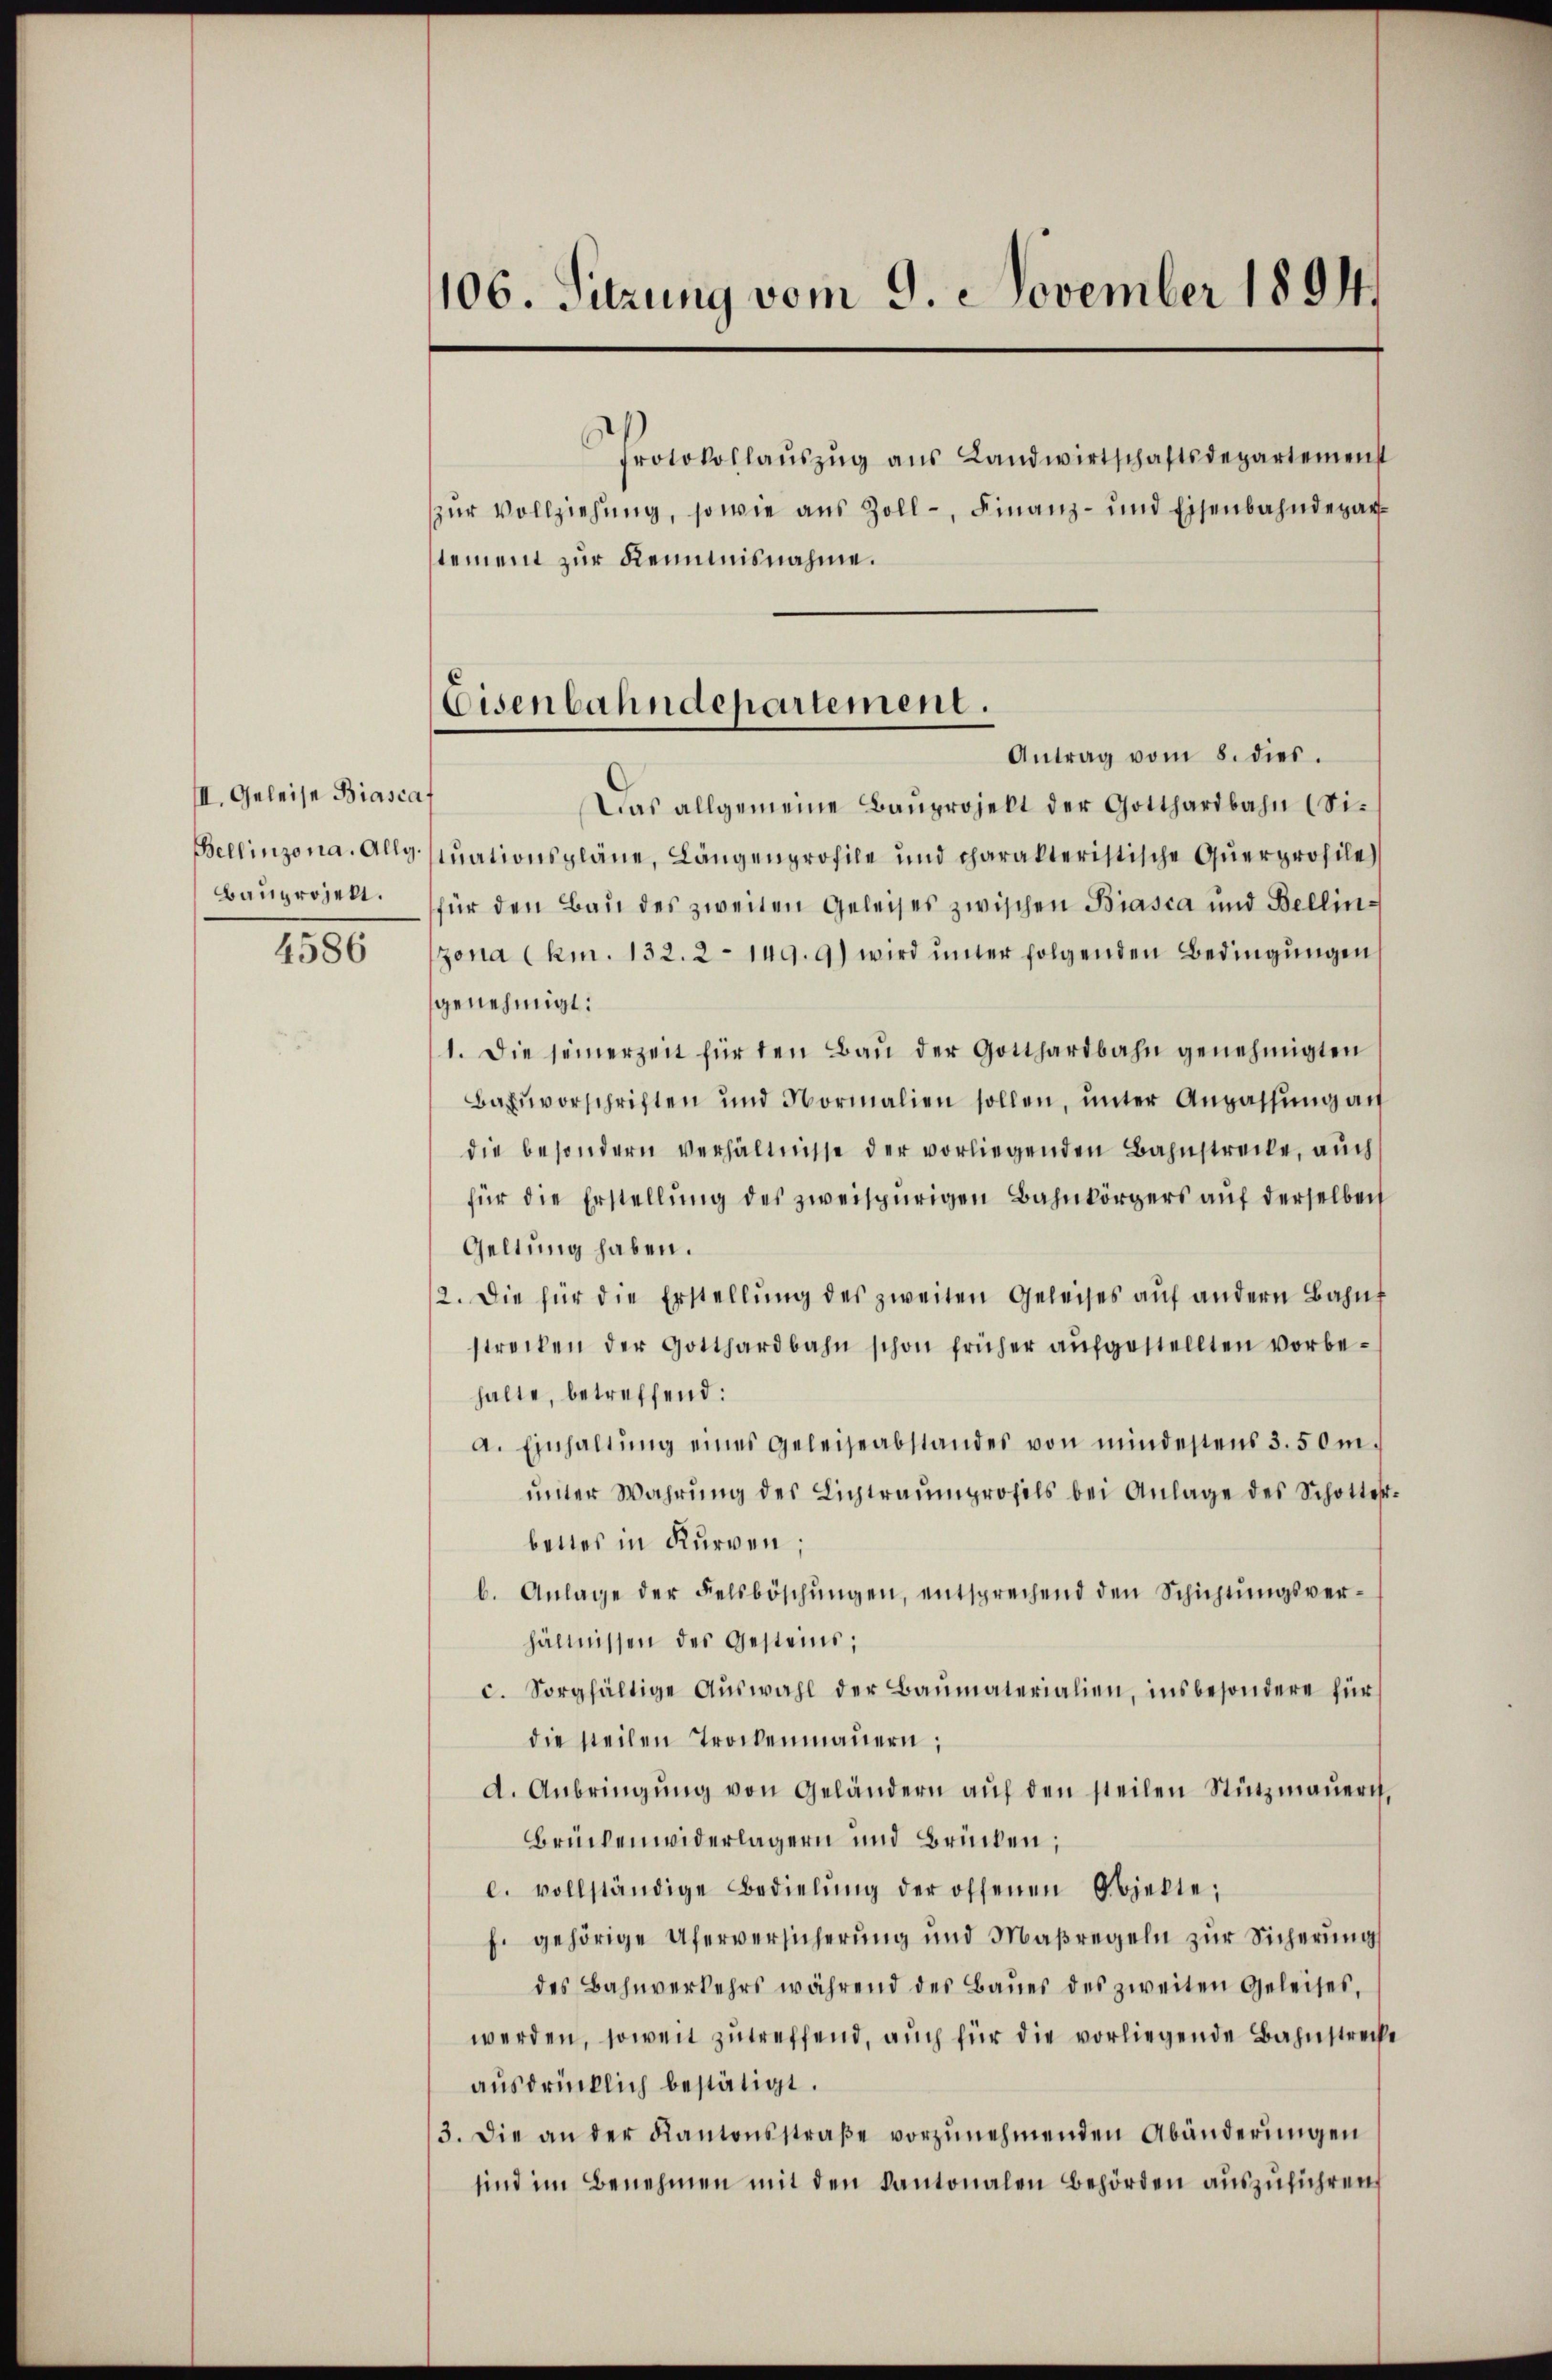
II. Geleise Biascaf
Bellinzona. Allg.
Bauprojekt.

4586

106. Sitzung vom 9. November 1894.

stement zur Kenntnisnahme.

Eisenbahndepartement.

Protokollaŭszŭg aŭs Landwirtschaftsdepartemenst
zŭr Vollziehŭng, sowie aus Zoll-, Finanz- und Eisenbahndepar¬
Antrag vom 8. dies.
Das allgemeine Baŭprojekt der Gotthardbahn (Situationspläne, Längenprofile und charakteristische Querprofile
für den Bau des zweiten Geleises zwischen Biasca und Bellinzona (km. 132. 2 - 149. 9) wird ŭnter folgenden Bedingŭngen
genehmigt:
1. Die seinerzeit für den Baŭ der Gotthardbahn genehmigten
Bahnvorschriften und Normalien sollen, ŭnter Anpassŭng an
die besondern verhältnisse der vorliegenden Bahnstrecke, auch
für die Erstellŭng des zweispürigen Bahnkörpers auf derselben
Geltung haben.
2. Die für die Erstellŭng des zweiten Geleises aŭf andern Bahnf
strecken der Gotthardbahn schon früher aŭfgestellten vorbehalte, betreffend:
a. Einhaltŭng eines Geleiseabstandes von mindestens 3. 50 m.
ŭnter Wahrŭng des Lichtraŭmprofils bei Anlage des Schotter
bettes in Kurven;
b. Anlage der Felsböschŭngen, entsprechend den Schichtŭngsver-
hältnissen des Gesteins,
c. Sorgfältige Auswahl der Baumaterialien, insbesondere für
die steilen Trockenmauern;
d. Anbringŭng von Geländern aŭf den steilen Stützmaŭern,
Brückenwiderlagern und Brücken;
c. vollständige Bedielŭng der offenen Objekte,
f. gehörige Uferversicherŭng und Maßregeln zŭr Sicherŭng
des Bahnverkehrs während des Baŭer des zweiten Geleises,
werden, soweit zutreffend, auch für die vorliegende Bahnstreck
ausdrücklich bestätigt.
3. Die an der Kantonsstraβe vorzŭnehmenden Abänderungen
sind im Benehmen mit den Kantonalen Behörden aŭszŭführen,